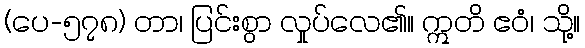
(ပေ-၅၇၈) တာ၊ ပြင်းစွာ လှုပ်လေ၏။ ဣတိ ဧဝံ၊ သို့။